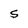
Character: S